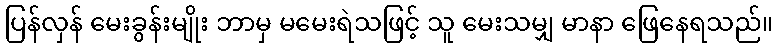
ပြန်လှန် မေးခွန်းမျိုး ဘာမှ မမေးရဲသဖြင့် သူ မေးသမျှ မာနာ ဖြေနေရသည်။